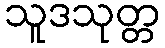
သူဒသုတ္တ